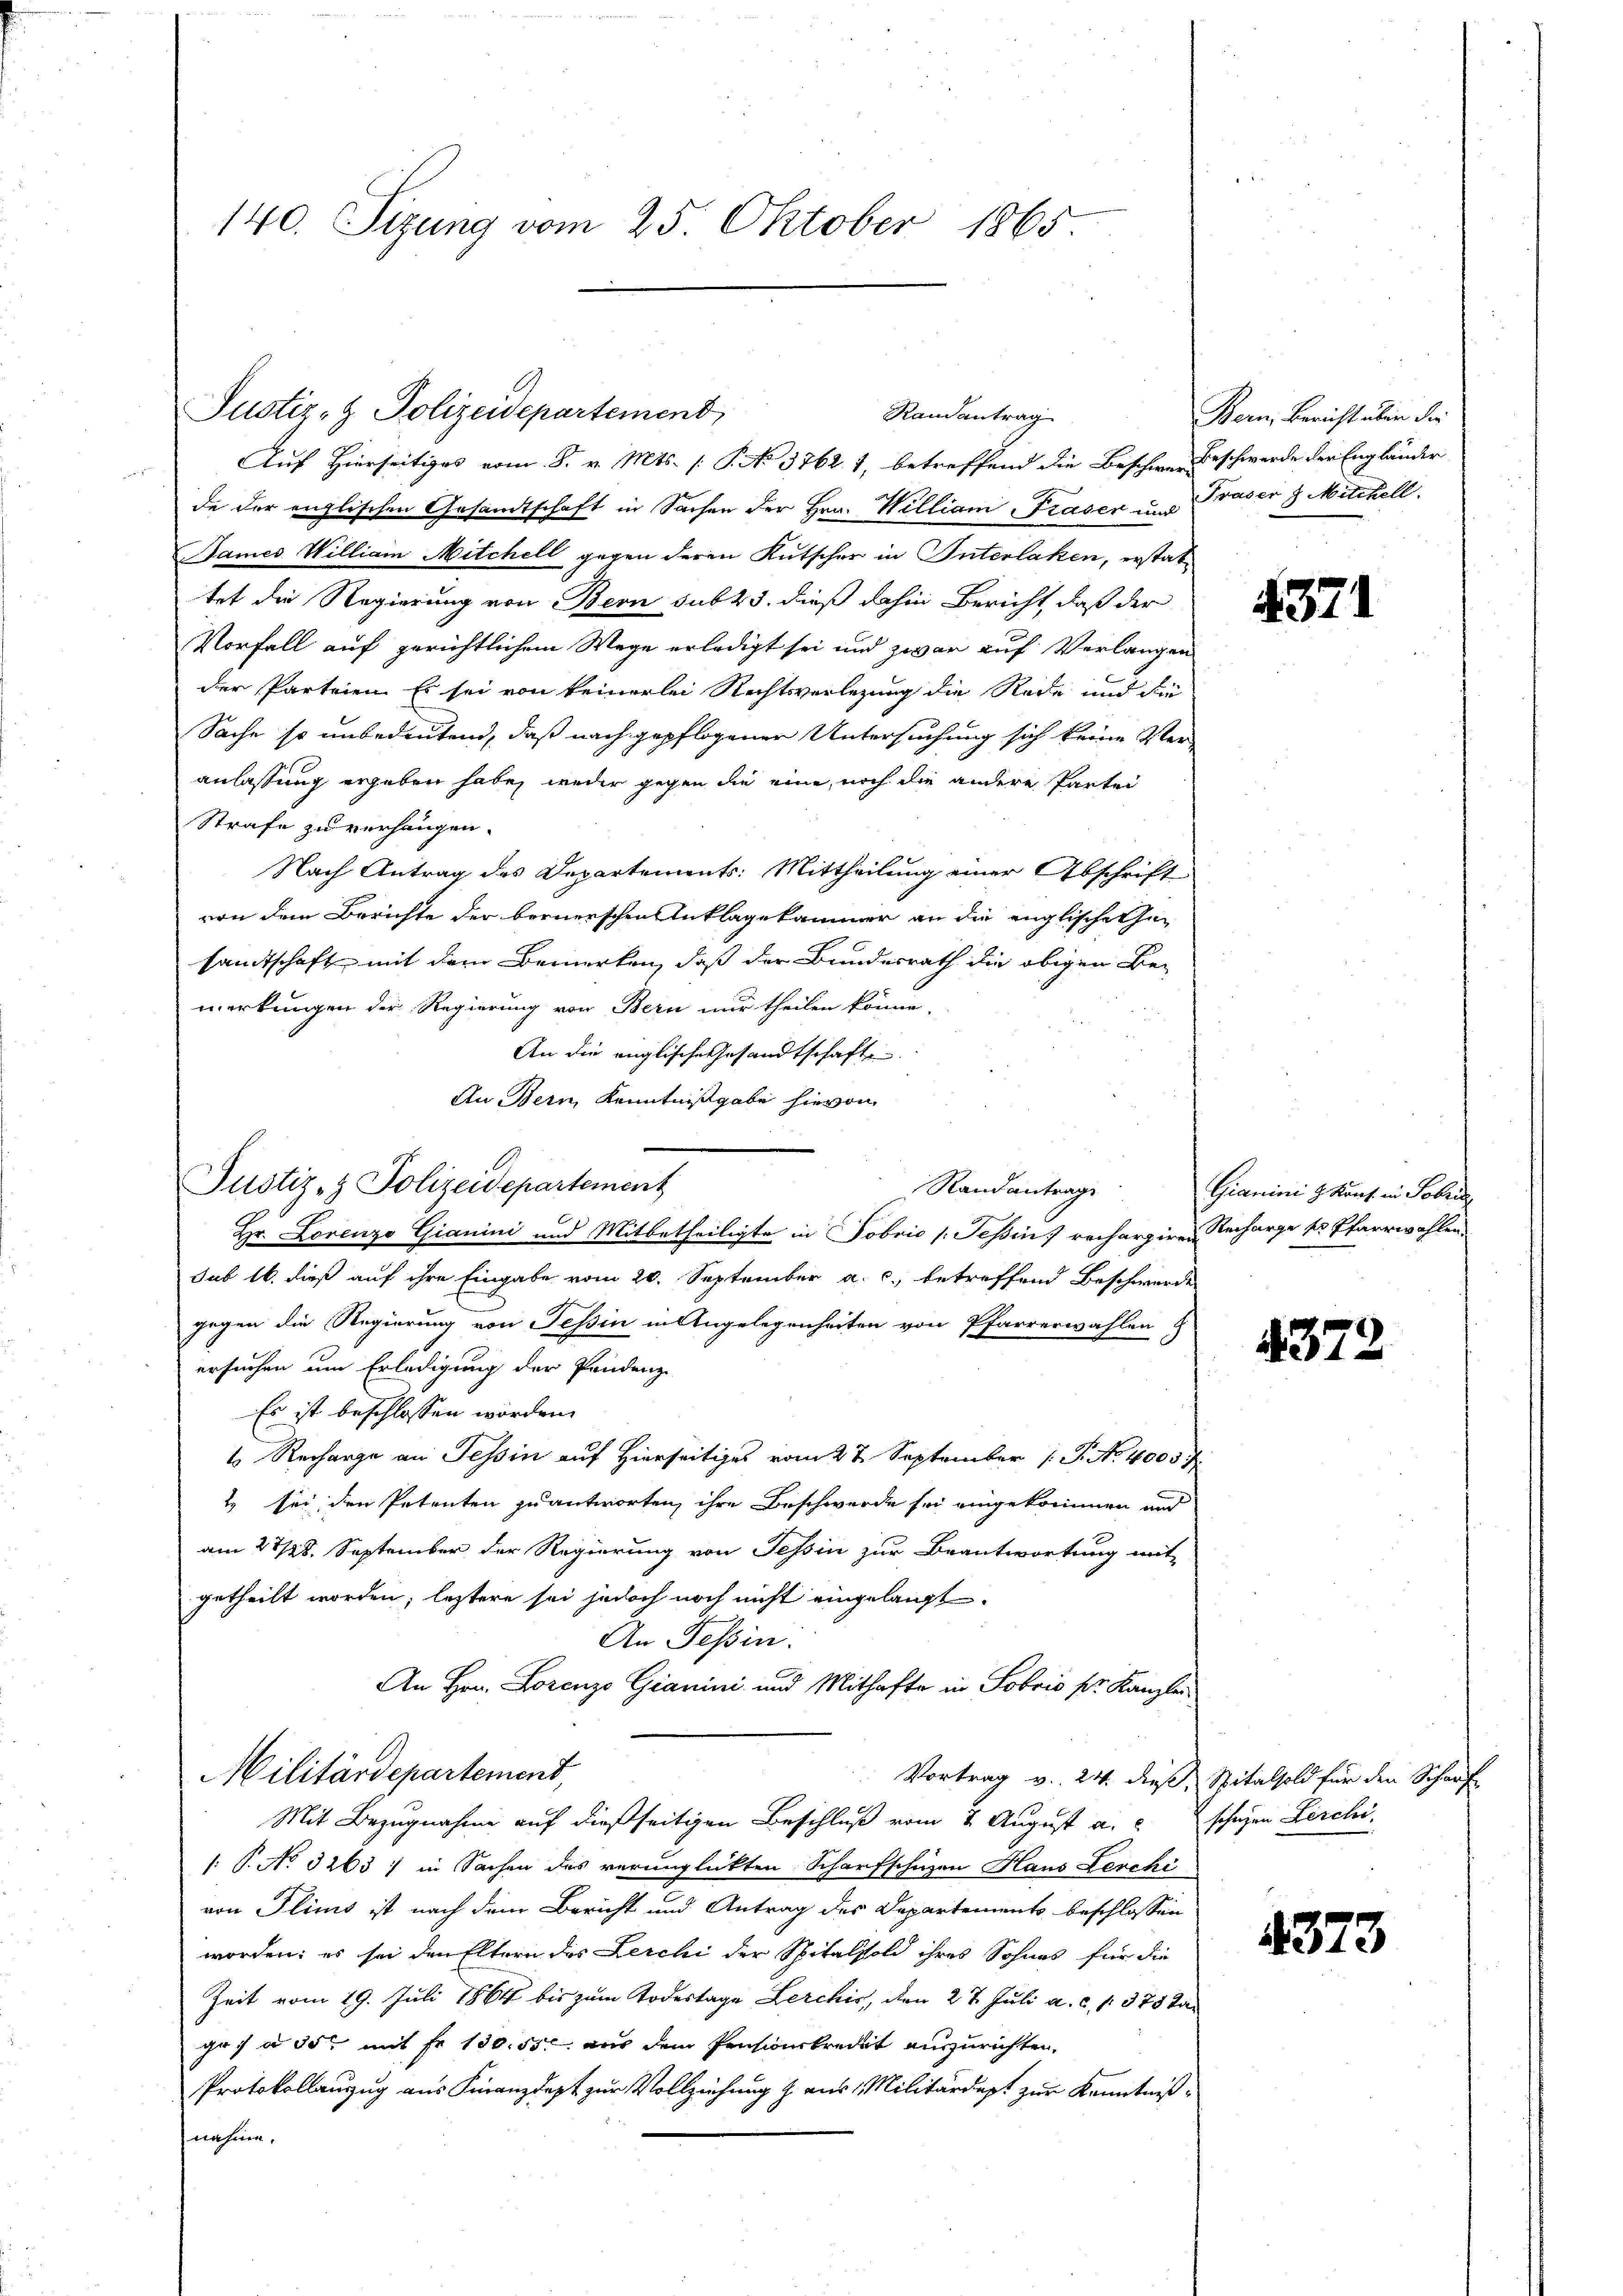
140. Sizung vom 25. Oktober 1865.

Auf Hierseitiges vom 8. v. Mts. [S. No 3762. 1, betreffend die Beschwer Beschwerde der Engländer
de der englischen Gesandtschaft in Sachen der Hrn. William Präser u. Präser 8 Mitthell
James William Mitchell gegen deren Kutscher in Interlaken, erstattet die Regierung von Bern sub 23. dieß dahin Bericht, daß der
Vorfall auf gerichtlichem Wege erledigt sei und zwar auf Verlangen
der Parteien. Es sei von keinerlei Rechtsverlegung die Rede und die
Sache so unbedeutend, daß nach gepflogener Untersuchung sich keine Ver-
anlassung ergeben habe, weder gegen die eine, noch die andere Partei
Strafe zu verhängen.
Nach Antrag des Departements: Mittheilung einer Abschrift
von dem Berichte der bernerschen Anklagekammer an die englische Gesandtschaft mit dem Bemerken, daß der Bundesrath die obigen Be-
merkungen der Regierung von Bern nur theilen könne.
An die englische Gesandtschafte
Au Bern, Kenntnißgabe hievon
Randantrage
Hr. Lorenzo Gianini und Mitbetheiligte in Fobris /: Tessin rechargiren Recharge ser Pfarrwahlen
sub 16. dieß auf ihre Eingabe vom 20. September a. c. betreffend Beschwerde
E
gegen die Regierung von Tessin in Angelegenheiten von Pfarrerwählen
ersuchen um Erledigung der Pendenz
Es ist beschlossen worden.
4 Recharge an Tessin auf Hierseitiges vom 27. September 1 S. No 4000 f
2 sei den Petenten zu antworten, ihre Beschwerde sei eingekommen und
am 27/18. September der Regierung von Tessin zur Beantwortung mit-
getheilt worden; letztere sei jedoch noch nicht eingelangt.
An Tessin.
An Hrn. Lorenzo Gianini und Mithafte in Sobris pr. Kanzlei
Militärdepartement,
Vortrag v. 24. dieß, Spitalsfold für den Schauf
Mit Bezugnahme auf dießseitigen Beschluß vom 2. August a. schehen Lerchi
: P. No 3263) in Sachen des verunglückten Scharfschuzen Haus Lerchi
von Plins ist nach dem Bericht und Antrag des Departements beschlossen
worden; es sei den Eltern des Lerchi der Spitalsold ihres Sohnes für die
Zeit vom 19. Juli 1864 bis zum Todestage Lerchis, den 27. Juli a. c. 1. 375 Tage) u. 30t mit fr. 100, 55 aus dem Pensionskredet einzurichten,
Protokollanzug aus Finanzdept zur Vollziehung z. aus Militärdept zur Kenntniß
nahme.

Justiz- & Polizeidepartement

Justiz- & Polizeidepartement

Randantrag

Bern, Bericht über die

4371

Gianini & Kons. in Sobri

4379

4373